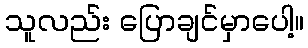
သူလည်း ပြောချင်မှာပေါ့။